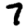
Digit: 7